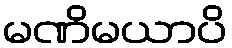
မဏိမယာပိ